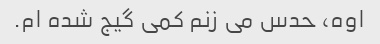
اوه، حدس می زنم کمی گیج شده ام.